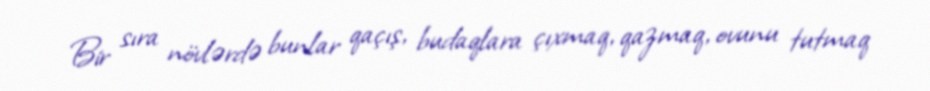
Bir sıra növlərdə bunlar qaçış, budaqlara çıxmaq, qazmaq, ovunu tutmaq